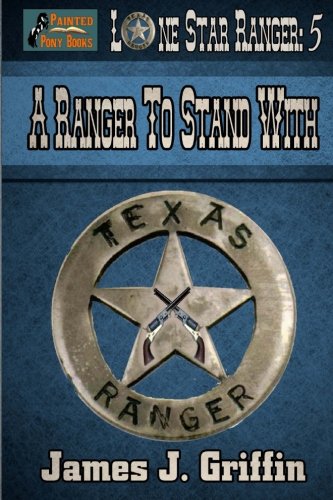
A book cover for A Ranger to Stand With; James J. Griffin; Teen & Young Adult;